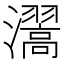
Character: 瀥